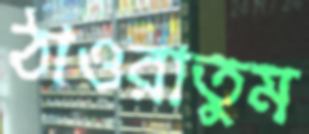
ঠাওরাতুম